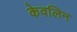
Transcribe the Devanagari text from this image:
केवलिन